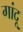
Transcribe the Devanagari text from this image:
गांदू